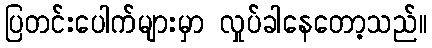
ပြတင်းပေါက်များမှာ လှုပ်ခါနေတော့သည်။